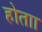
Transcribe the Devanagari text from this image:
होताा